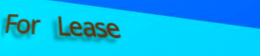
For Lease